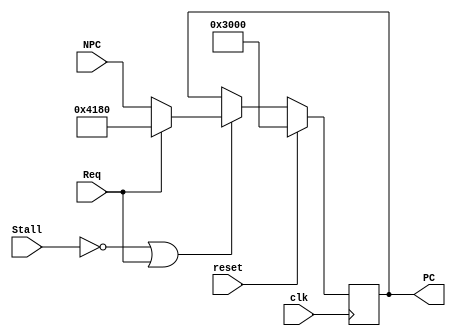
`timescale 1ns / 1ps
//////////////////////////////////////////////////////////////////////////////////
// Company: 
// Engineer: 
// 
// Design Name: 
// Module Name:    PC 
// Project Name: 
// Target Devices: 
// Tool versions: 
// Description: 
//
// Dependencies: 
//
// Revision: 
// Revision 0.01 - File Created
// Additional Comments: 
//
//////////////////////////////////////////////////////////////////////////////////
module PC(
    input [31:0] NPC,
    input clk,
    input reset,
    input Stall,
	 input Req,
    output reg [31:0] PC
    );
	 initial begin
		PC = 32'h00003000;
	 end
	 always@(posedge clk) begin
		if (reset == 1'b1) begin
			PC <= 32'h00003000;
		end
		else if (Stall == 1'b0 || Req) begin
			PC <= (Req) ? 32'h00004180 : NPC;
		end
		else begin
		end
	 end
endmodule